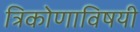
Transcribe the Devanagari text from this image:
त्रिकोणाविषयी